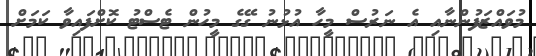
މުވައްޒަފުންނާއި އެ ނަރުސް މީހާ އުޅުނު ގޭގެ މީހުން ޓެސްޓު ކޮށްފައިވާ ކަމަށް